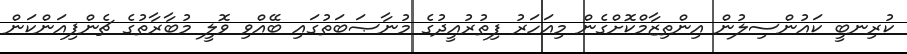
ކުރިނބީ ކައުންސިލުން އިންތިޒާމްކޮށްގެން މިއަހަރު ފިތުރުއީދުގެ މުނާޞަބަތުގައި ބޭއްވި ވޮލީ މުބާރާތުގެ ޗެންޕިއަންކަން